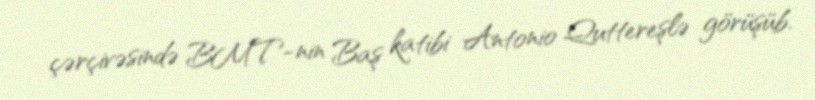
çərçivəsində BMT-nin Baş katibi Antonio Quttereşlə görüşüb.